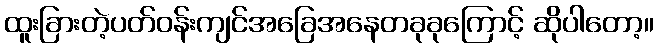
ထူးခြားတဲ့ပတ်ဝန်းကျင်အခြေအနေတခုခုကြောင့် ဆိုပါတော့။